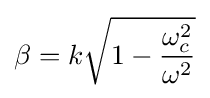
\beta =k{\sqrt {1-{\frac {\omega _{c}^{2}}{\omega ^{2}}}}}